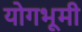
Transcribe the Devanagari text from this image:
योगभूमी